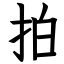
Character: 拍